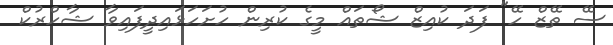
ސޭ ތޭޒް ހޭ" ފަދަ ކުއިޒް ޝޯތައް މީގެ ކުރިން ހުށަހަޅައިދީފައިވާ ޝާހްރުކް